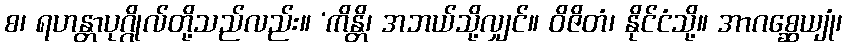
စ၊ ရဟန္တာပုဂ္ဂိုလ်တို့သည်လည်း။ ‘ကိန္တိ၊ အဘယ်သို့လျှင်။ ဝိဇိတံ၊ နိုင်ငံသို့။ အာဂစ္ဆေယျုံ၊